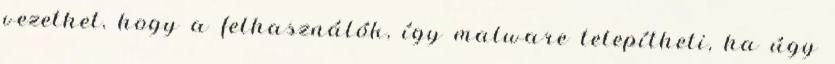
vezethet, hogy a felhasználók, így malware telepítheti, ha úgy